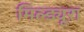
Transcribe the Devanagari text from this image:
मिल्ड्यूरा